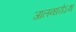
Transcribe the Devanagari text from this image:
जालन्धरोऽथ